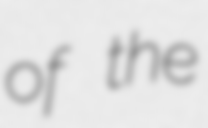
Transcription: of the